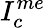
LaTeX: I_{c}^{me}